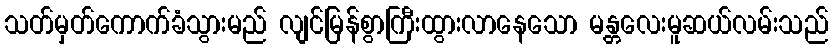
သတ်မှတ်ကောက်ခံသွားမည် လျင်မြန်စွာကြီးထွားလာနေသော မန္တလေးမူဆယ်လမ်းသည်